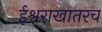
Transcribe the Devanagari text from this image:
ईश्वराखातरच